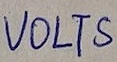
Text: VOLTS